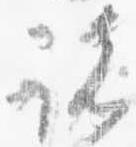
諸